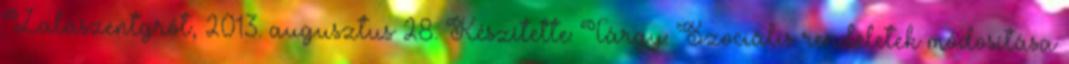
Zalaszentgrót, 2013. augusztus 28. Készítette: Tárgy: Szociális rendeletek módosítása